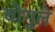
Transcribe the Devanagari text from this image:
चोगुले